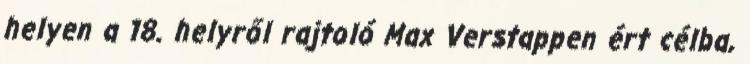
helyen a 18. helyről rajtoló Max Verstappen ért célba,